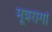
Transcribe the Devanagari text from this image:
मूत्ररोगों